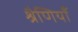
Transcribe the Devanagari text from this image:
श्रैणियाँ